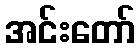
အင်းတော်